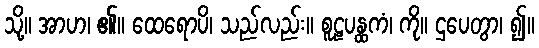
သို့။ အာဟ၊ ၏။ ထေရောပိ၊ သည်လည်း။ စူဠပန္ထကံ၊ ကို။ ဌပေတွာ၊ ၍။